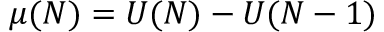
\mu ( N ) = U ( N ) - U ( N - 1 )